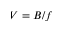
V = B / f